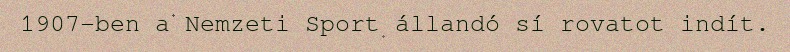
1907-ben a Nemzeti Sport állandó sí rovatot indít.